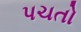
પચતો